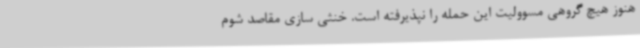
هنوز هیچ گروهی مسوولیت این حمله را نپذیرفته است. خنثی سازی مقاصد شوم